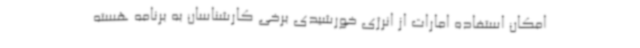
امکان استفاده امارات از انرژی خورشیدی برخی کارشناسان به برنامه هسته